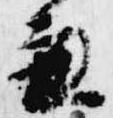
兼